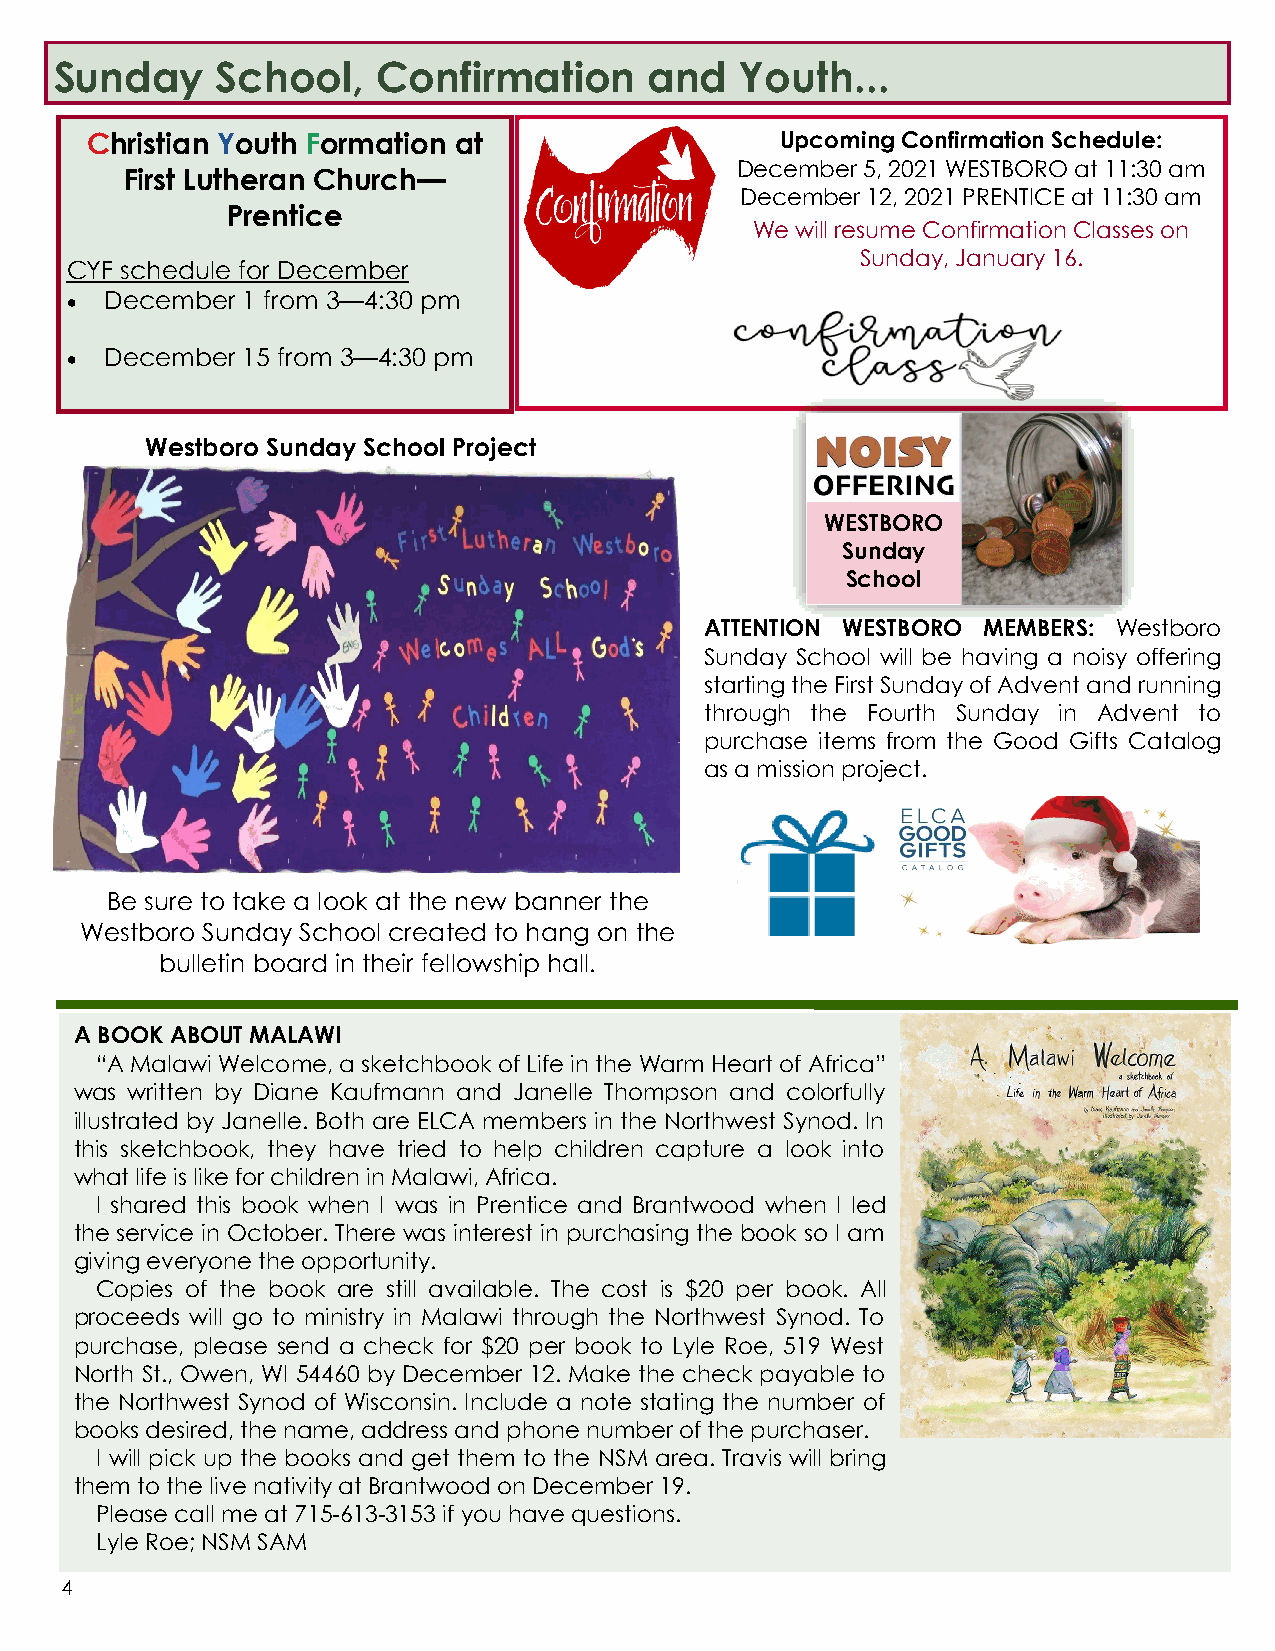
Sunday    School,    Confirmation      and   Youth...
 Christian Youth Formation at                  Upcoming Confirmation Schedule:
 December 5, 2021 WESTBORO at 11:30 am
 First Lutheran Church—
 December 12, 2021 PRENTICE at 11:30 am
 Prentice
 We will resume Confirmation Classes on
 Sunday, January 16.
 CYF schedule for December
 •  December 1 from 3—4:30 pm
 •  December 15 from 3—4:30 pm
 Westboro Sunday School Project
 WESTBORO
 Sunday
 School
 ATTENTION WESTBORO MEMBERS: Westboro
 Sunday School will be having a noisy offering
 starting the First Sunday of Advent and running
 through the Fourth Sunday in Advent to
 purchase items from the Good Gifts Catalog
 as a mission project.
 Be sure to take a look at the new banner the
 Westboro Sunday School created to hang on the
 bulletin board in their fellowship hall.
 A BOOK ABOUT MALAWI
 “A Malawi Welcome, a sketchbook of Life in the Warm Heart of Africa”
 was written by Diane Kaufmann and Janelle Thompson and colorfully
 illustrated by Janelle. Both are ELCA members in the Northwest Synod. In
 this sketchbook, they have tried to help children capture a look into
 what life is like for children in Malawi, Africa.
 I shared this book when I was in Prentice and Brantwood when I led
 the service in October. There was interest in purchasing the book so I am
 giving everyone the opportunity.
 Copies of the book are still available. The cost is $20 per book. All
 proceeds will go to ministry in Malawi through the Northwest Synod. To
 purchase, please send a check for $20 per book to Lyle Roe, 519 West
 North St., Owen, WI 54460 by December 12. Make the check payable to
 the Northwest Synod of Wisconsin. Include a note stating the number of
 books desired, the name, address and phone number of the purchaser.
 I will pick up the books and get them to the NSM area. Travis will bring
 them to the live nativity at Brantwood on December 19.
 Please call me at 715-613-3153 if you have questions.
 Lyle Roe; NSM SAM
 4